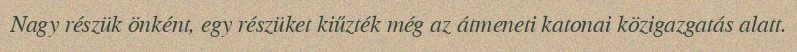
Nagy részük önként, egy részüket kiűzték még az átmeneti katonai közigazgatás alatt.